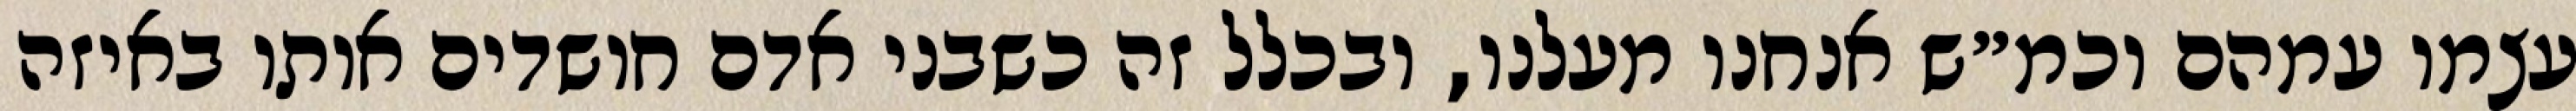
עצמו עמהם וכמ״ש אנחנו מעלנו, ובכלל זה כשבני אדם חושדים אותו באיזה